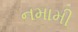
નમામી